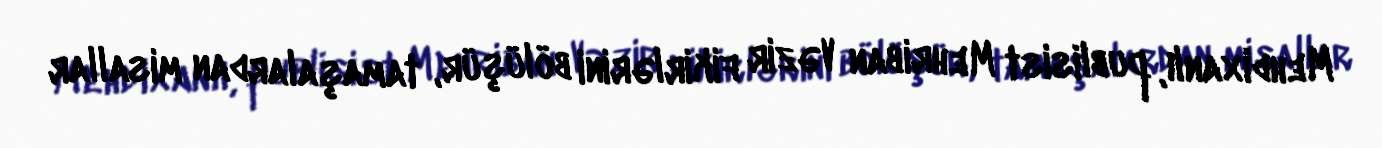
Mehdixanlı, publisist Mehriban Vəzir fikirlərini bölüşür, tamaşalardan misallar